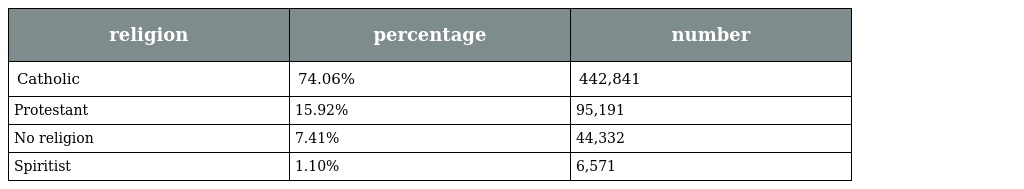
| religion | percentage | number |
 | --- | --- | --- |
 | Catholic | 74.06% | 442,841 |
 | Protestant | 15.92% | 95,191 |
 | No religion | 7.41% | 44,332 |
 | Spiritist | 1.10% | 6,571 |